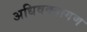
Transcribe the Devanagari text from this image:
अधिवक्तागण